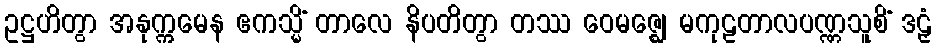
ဥဋ္ဌဟိတွာ အနုက္ကမေန ဧကသ္မိံ တာလေ နိပတိတွာ တဿ ဝေမဇ္ဈေ မကုဠတာလပဏ္ဏသူစိံ ဒဠှံ